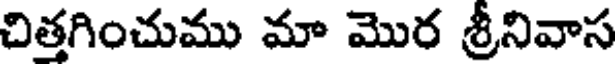
చిత్తగించుము మా మొర శ్రీనివాస